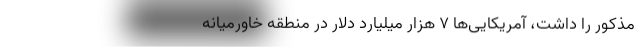
مذکور را داشت، آمریکایی‌ها ۷ هزار میلیارد دلار در منطقه خاورمیانه